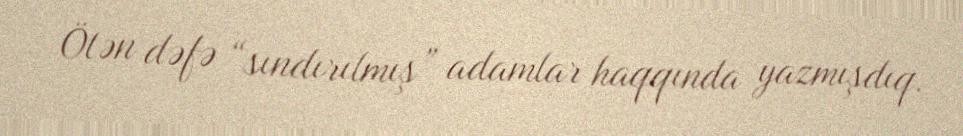
Ötən dəfə “sındırılmış” adamlar haqqında yazmışdıq.